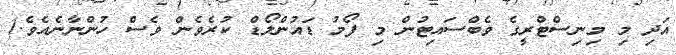
އަދި މި މިނިސްޓްރީގެ ވެބްސައިޓުން މި ފޯމު ޑައުންލޯޑް ކުރެވެން ވެސް ހުންނާނެއެވެ.)